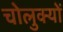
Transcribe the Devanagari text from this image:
चोलुक्यों